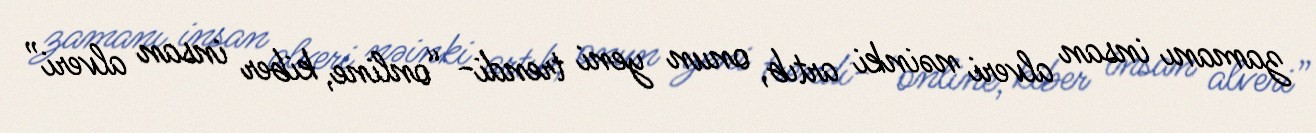
zamanı insan alveri nəinki artıb, onun yeni trendi- “online, kiber insan alveri”